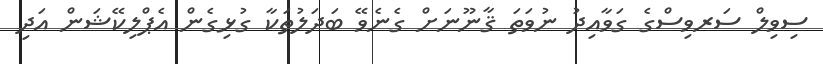
ސިވިލް ސަރވިސްގެ ގަވާއިދު ނުވަތަ ޤާނޫނަށް ގެނެވޭ ބަދަލުތަކާ ގުޅިގެން އެޕްލިކޭޝަން އަދި